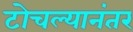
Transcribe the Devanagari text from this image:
टोचल्यानंतर